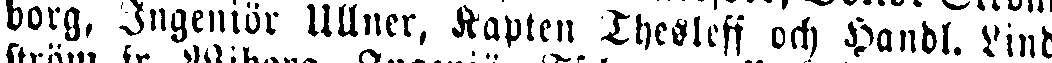
borg. Ingeniör Ullner, Kapten Thesleff och handl. Lind